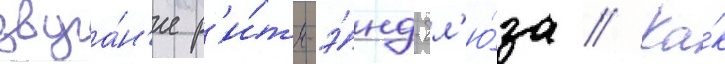
звуча́н'ие р'и́тм-э́нд-бл'ю́за // Ка́к